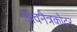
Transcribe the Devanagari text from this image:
अवनेत्रकोटर